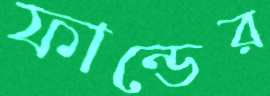
ফান্ডের